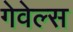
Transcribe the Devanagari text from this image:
गेवेल्स